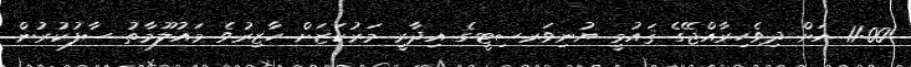
11:00 އަށް ދިވެހިރާއްޖޭގެ ޤައުމީ ޔުނިވަރސިޓީގެ އިދާރީ މަރުކަޒަށް ހާޒިރުވެ މައުލޫމާތު ސާފުކުރުން